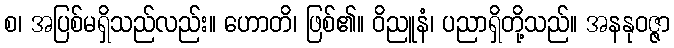
စ၊ အပြစ်မရှိသည်လည်း။ ဟောတိ၊ ဖြစ်၏။ ဝိညူနံ၊ ပညာရှိတို့သည်။ အနနုဝဇ္ဇာ